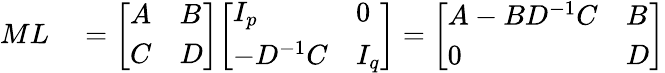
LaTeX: \begin{array}{rl}{ML}&{{}={\left[\begin{array}{ll}{A}&{B}\\ {C}&{D}\end{array}\right]}{\left[\begin{array}{ll}{I_{p}}&{0}\\ {-D^{-1}C}&{I_{q}}\end{array}\right]}={\left[\begin{array}{ll}{A-BD^{-1}C}&{B}\\ {0}&{D}\end{array}\right]}}\end{array}